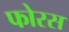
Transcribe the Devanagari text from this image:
फोरस